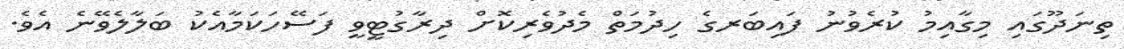
ތިނަދޫގައި މިގާއިމު ކުރެވުނު ފައިބަރގެ ހިދުމަތް މެދުވެރިކޮށް ދިރާގުޓީވީ ފަސޭހަކަމާއެކު ބަލާލެވޭނެ އެވެ.